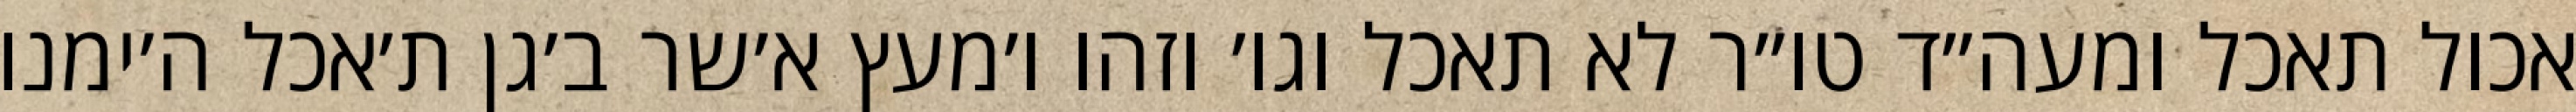
אכול תאכל ומעה״ד טו״ר לא תאכל וגו׳ וזהו ו׳מעץ א׳שר ב׳גן ת׳אכל ה׳ימנו